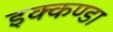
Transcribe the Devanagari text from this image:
इक्कण्डा